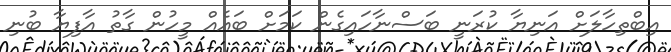
އިބްތިހާލަށް އަނިޔާ ކުރަނީ ބަސްނާހައިގެން ކަމަށް ބައެއް މީހުން ގާތު އާފިޔާ ބުނި